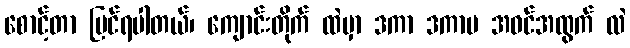
စောင့်တာ မြင်ရပါတယ်၊ ကျောင်းတိုက် ထဲမှာ ဒကာ ဒကာမ အဝင်အထွက် လဲ